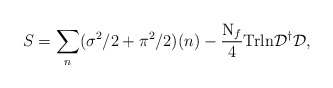
\begin{align*}S=\sum_{n} ( \sigma^{2}/2+\pi^{2}/2)(n)-\frac{\mbox{N}_{f}}{4}\mbox{Trln}{\cal D}^{\dagger}{\cal D},\end{align*}